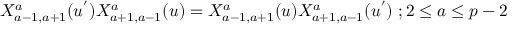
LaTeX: X _ { a - 1 , a + 1 } ^ { a } ( u ^ { ' } ) X _ { a + 1 , a - 1 } ^ { a } ( u ) = X _ { a - 1 , a + 1 } ^ { a } ( u ) X _ { a + 1 , a - 1 } ^ { a } ( u ^ { ' } ) \; ; 2 \leq a \leq p - 2